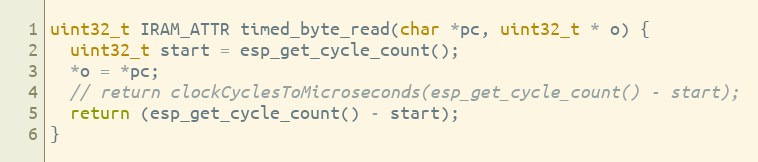
Language: C++
uint32_t IRAM_ATTR timed_byte_read(char *pc, uint32_t * o) {
  uint32_t start = esp_get_cycle_count();
  *o = *pc;
  // return clockCyclesToMicroseconds(esp_get_cycle_count() - start);
  return (esp_get_cycle_count() - start);
}